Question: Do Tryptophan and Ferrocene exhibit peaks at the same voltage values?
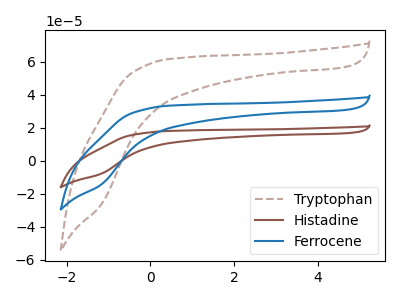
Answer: <think>The brown dashed curve "Tryptophan" has no peaks. The brown curve "Histadine" has no peaks. The blue curve "Ferrocene" has no peaks.</think>
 <answer>Niether CV has any peaks.</answer>
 <eval>blanks</eval>